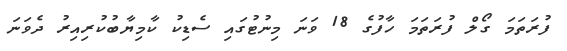
ފުރަތަމަ ގޯލް ފުރަތަމަ ހާފުގެ 18 ވަނަ މިނުޓުގައި ސެޑިކު ކާމިޔާބުކުރިއިރު ދެވަނަ